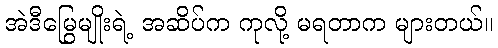
အဲဒီမြွေမျိုးရဲ့ အဆိပ်က ကုလို့ မရတာက များတယ်။